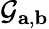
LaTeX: \mathcal{G}_{\mathbf{{a}},\mathbf{{b}}}